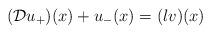
LaTeX: \begin{align*}({\mathcal D}u_+)(x)+u_-(x)=(lv)(x)\end{align*}